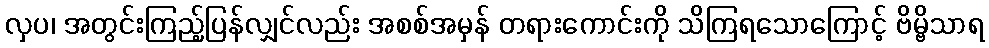
လှပ၊ အတွင်းကြည့်ပြန်လျှင်လည်း အစစ်အမှန် တရားကောင်းကို သိကြရသောကြောင့် ဗိမ္ဗိသာရ